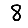
Digit: 8